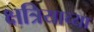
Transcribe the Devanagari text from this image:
क्षत्रियाच्या